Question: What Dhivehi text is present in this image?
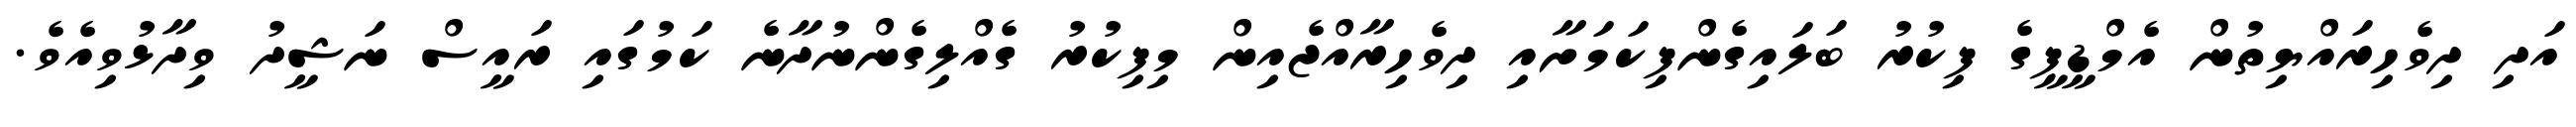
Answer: އަދި ދިވެހިރައްޔިތުން އެމްޑީޕީގެ ފިކުރު ބަލައިގެންފިކަމަށާއި ދިވެހިރާއްޖެއިން މިފިކުރު ގެއްލިގެންނުދާނެ ކަމުގައި ރައީސް ނަޝީދު ވިދާޅުވިއެވެ.